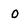
Character: 0